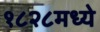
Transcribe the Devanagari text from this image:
१८२८मध्ये